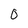
Character: 0